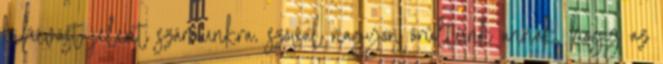
kihívást jelent számunkra, szóval nagyon örültünk annak, hogy az